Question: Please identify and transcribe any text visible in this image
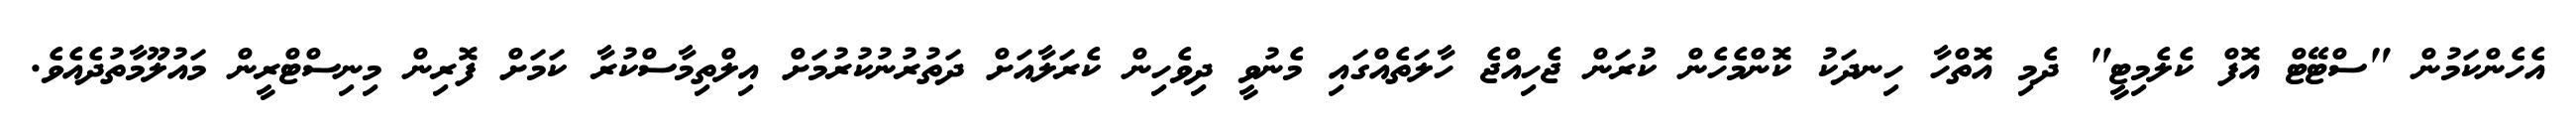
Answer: އެހެންކަމުން "ސްޓޭޓް އޮފް ކެލެމިޓީ" ދެމި އޮތްހާ ހިނދަކު ކޮންމެހެން ކުރަން ޖެހިއްޖެ ހާލަތެއްގައި މެނުވީ ދިވެހިން ކެރަލާއަށް ދަތުރުނުކުރުމަށް އިލްތިމާސްކުރާ ކަމަށް ފޮރިން މިނިސްޓްރީން މައުލޫމާތުދެއެވެ.